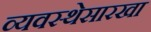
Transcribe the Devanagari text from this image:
व्यवस्थेसारखा